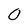
Character: 0